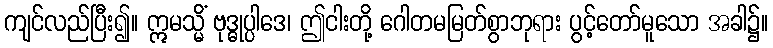
ကျင်လည်ပြီး၍။ ဣမသ္မိံ ဗုဒ္ဓုပ္ပါဒေ၊ ဤငါးတို့ ဂေါတမမြတ်စွာဘုရား ပွင့်တော်မူသော အခါ၌။